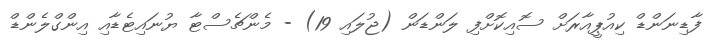
ފާޑިނަންޑް ކިއުޕީއާރަށް ސޮއިކޮށްފި ލަންޑަން (ޖުލައި 19) - މެންޗެސްޓާ ޔުނައިޓެޑާއި އިންގްލެންޑް